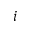
i